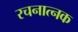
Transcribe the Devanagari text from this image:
रचनात्नक